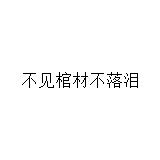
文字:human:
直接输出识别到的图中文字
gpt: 不见棺材不落泪